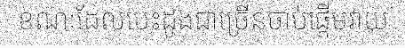
ខណៈដែលបេះដូងជាច្រើនចាប់ផ្តើមវាយ